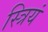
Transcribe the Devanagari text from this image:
स्त्रियं